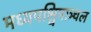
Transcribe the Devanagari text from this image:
मध्यपश्चिमाञ्चल